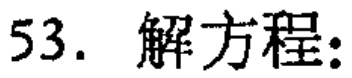
53. 解方程: